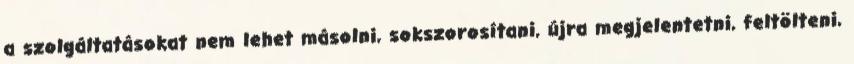
a szolgáltatásokat nem lehet másolni, sokszorosítani, újra megjelentetni, feltölteni,